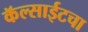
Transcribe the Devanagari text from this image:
कॅल्साईटचा